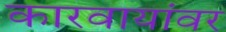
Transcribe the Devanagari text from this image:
कारवायांवर